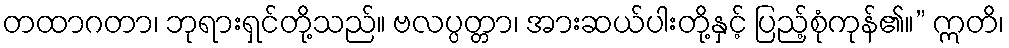
တထာဂတာ၊ ဘုရားရှင်တို့သည်။ ဗလပ္ပတ္တာ၊ အားဆယ်ပါးတို့နှင့် ပြည့်စုံကုန်၏။” ဣတိ၊